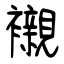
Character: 襯